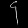
Digit: ၄